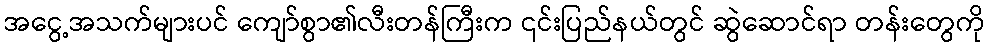
အငွေ့အသက်များပင် ကျော်စွာ၏လီးတန်ကြီးက ၎င်းပြည်နယ်တွင် ဆွဲဆောင်ရာ တန်းတွေကို